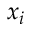
x _ { i }